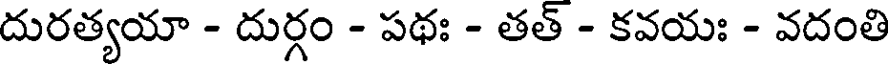
దురత్యయా - దుర్గం - పథః - తత్ - కవయః - వదంతి